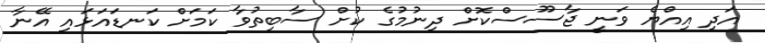
އަދި އިއްޔެ ވަނީ ޖާސޫސްކޮށް ދިނުމުގެ ކުށް ސާބިތުވާ ކަމަށް ކަނޑައަޅައި އޭނާ